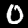
Label: 0